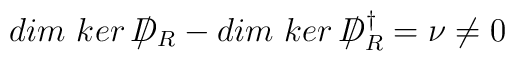
dim\ ker\ /\!\!\!\!D_{R} - dim\ ker\ /\!\!\!\!D^{\dagger}_{R} =\nu \neq 0